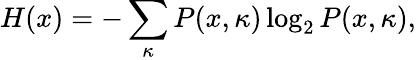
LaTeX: H(x)=-\sum_{\kappa}P(x,\kappa)\log_{2}P(x,\kappa),